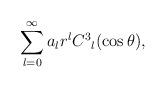
LaTeX: \begin{align*}\sum_{l=0}^{\infty}a_{l}r^{l}C^{3}{}_l(\cos\theta),\end{align*}